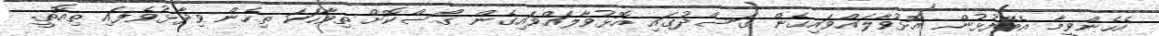
އެހެންވީމާ އެބޭފުޅުން އޮޅުވާލައްވައިގެން ގަސްދުގައި އޮޅުވާލައްވައިގެން ގޯސްކޮށް ތިވާހަކަ ތިހެން ވިދާޅުވެފައި ތިއޮތީ.